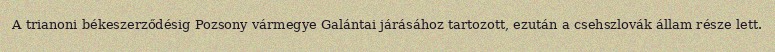
A trianoni békeszerződésig Pozsony vármegye Galántai járásához tartozott, ezután a csehszlovák állam része lett.